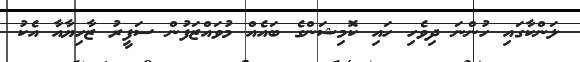
ލަންކާގައި ހުންނަ ދިވެހި ހައި ކޮމިޝަންގެ ބައެއް މުވައްޒަފުން ސަފީރު ޒާހިޔާއާ އެކު